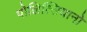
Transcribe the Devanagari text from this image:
पोलित्सियानो